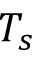
T _ { s }